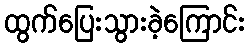
ထွက်ပြေးသွားခဲ့ကြောင်း